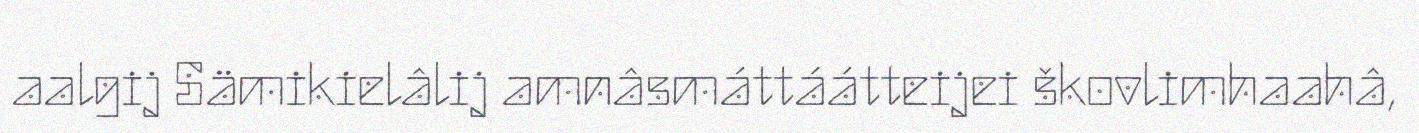
aalgij Sämikielâlij amnâsmáttáátteijei škovlimhaahâ,